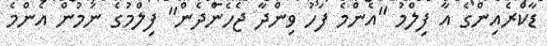
ޑާކްރެއިންގެ އާ ފިލްމު "އެންމެ ފަހު ވިންދާ ޖެހެންދެން" ފިލްމުގެ ނަމުން އެންމެ